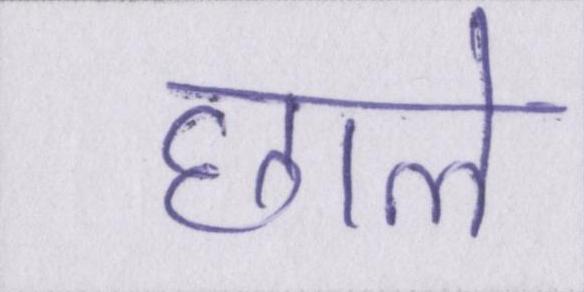
छाले